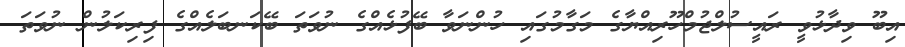
އިބޫ ވިދާޅުވީ ރައީސުލްޖުމްހޫރިއްޔާގެ މަގާމުގައި ހުންނަވާ ބޭފުޅެއްގެ ނުވަތަ ބޭކަނބަލެއްގެ ފިރިކަލުން ނުވަތަ